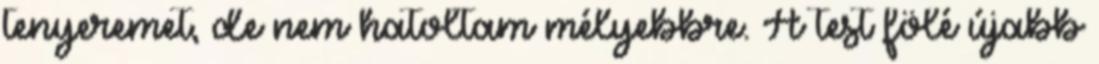
tenyeremet, de nem hatoltam mélyebbre. A test fölé újabb